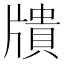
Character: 𤗴